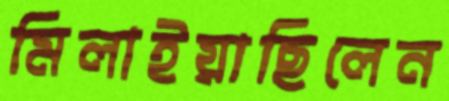
মিলাইয়াছিলেন